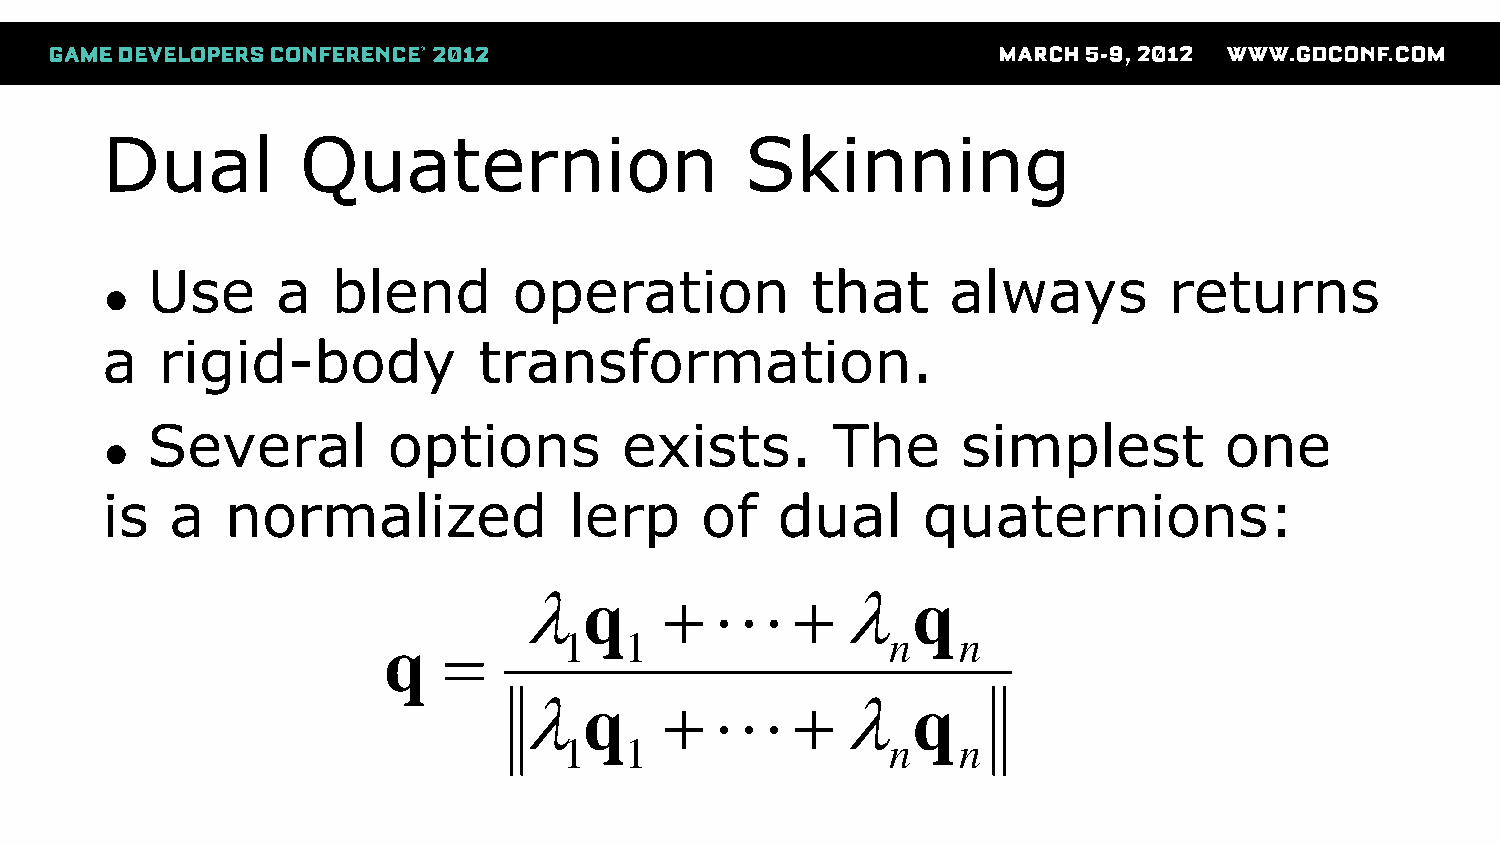
Dual         Quaternion                   Skinning
 Use     a   blend       operation           that     always        returns
 ●
 a  rigid-body            transformation.
 Several         options        exists.       The      simplest         one
 ●
 is  a   normalized             lerp    of   dual      quaternions:
 q                q
 q          1   1                 n   n
 q                q
 1   1                 n   n